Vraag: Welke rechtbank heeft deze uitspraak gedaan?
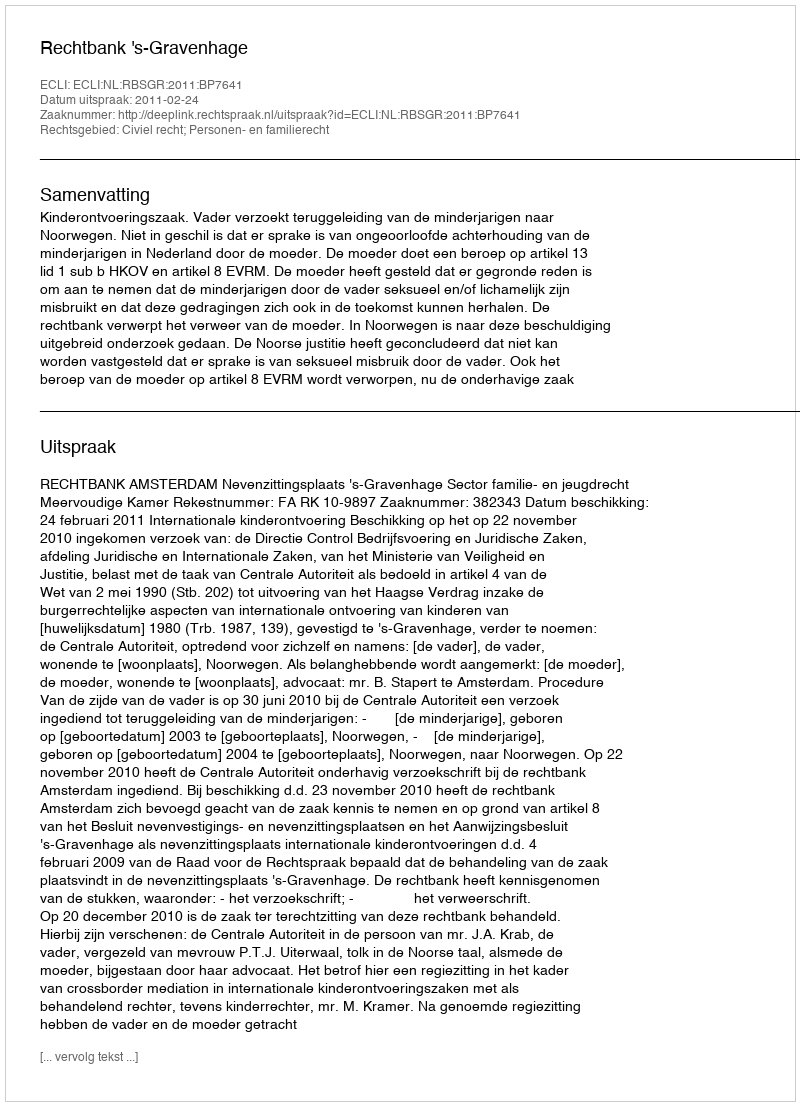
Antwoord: Rechtbank 's-Gravenhage